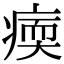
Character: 𤸂